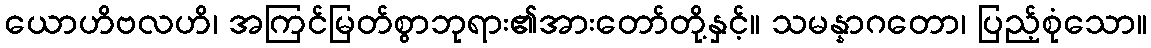
ယောဟိဗလဟိ၊ အကြင်မြတ်စွာဘုရား၏အားတော်တို့နှင့်။ သမန္နာဂတော၊ ပြည့်စုံသော။